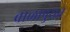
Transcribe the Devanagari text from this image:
बाळापुरात